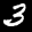
Label: 3